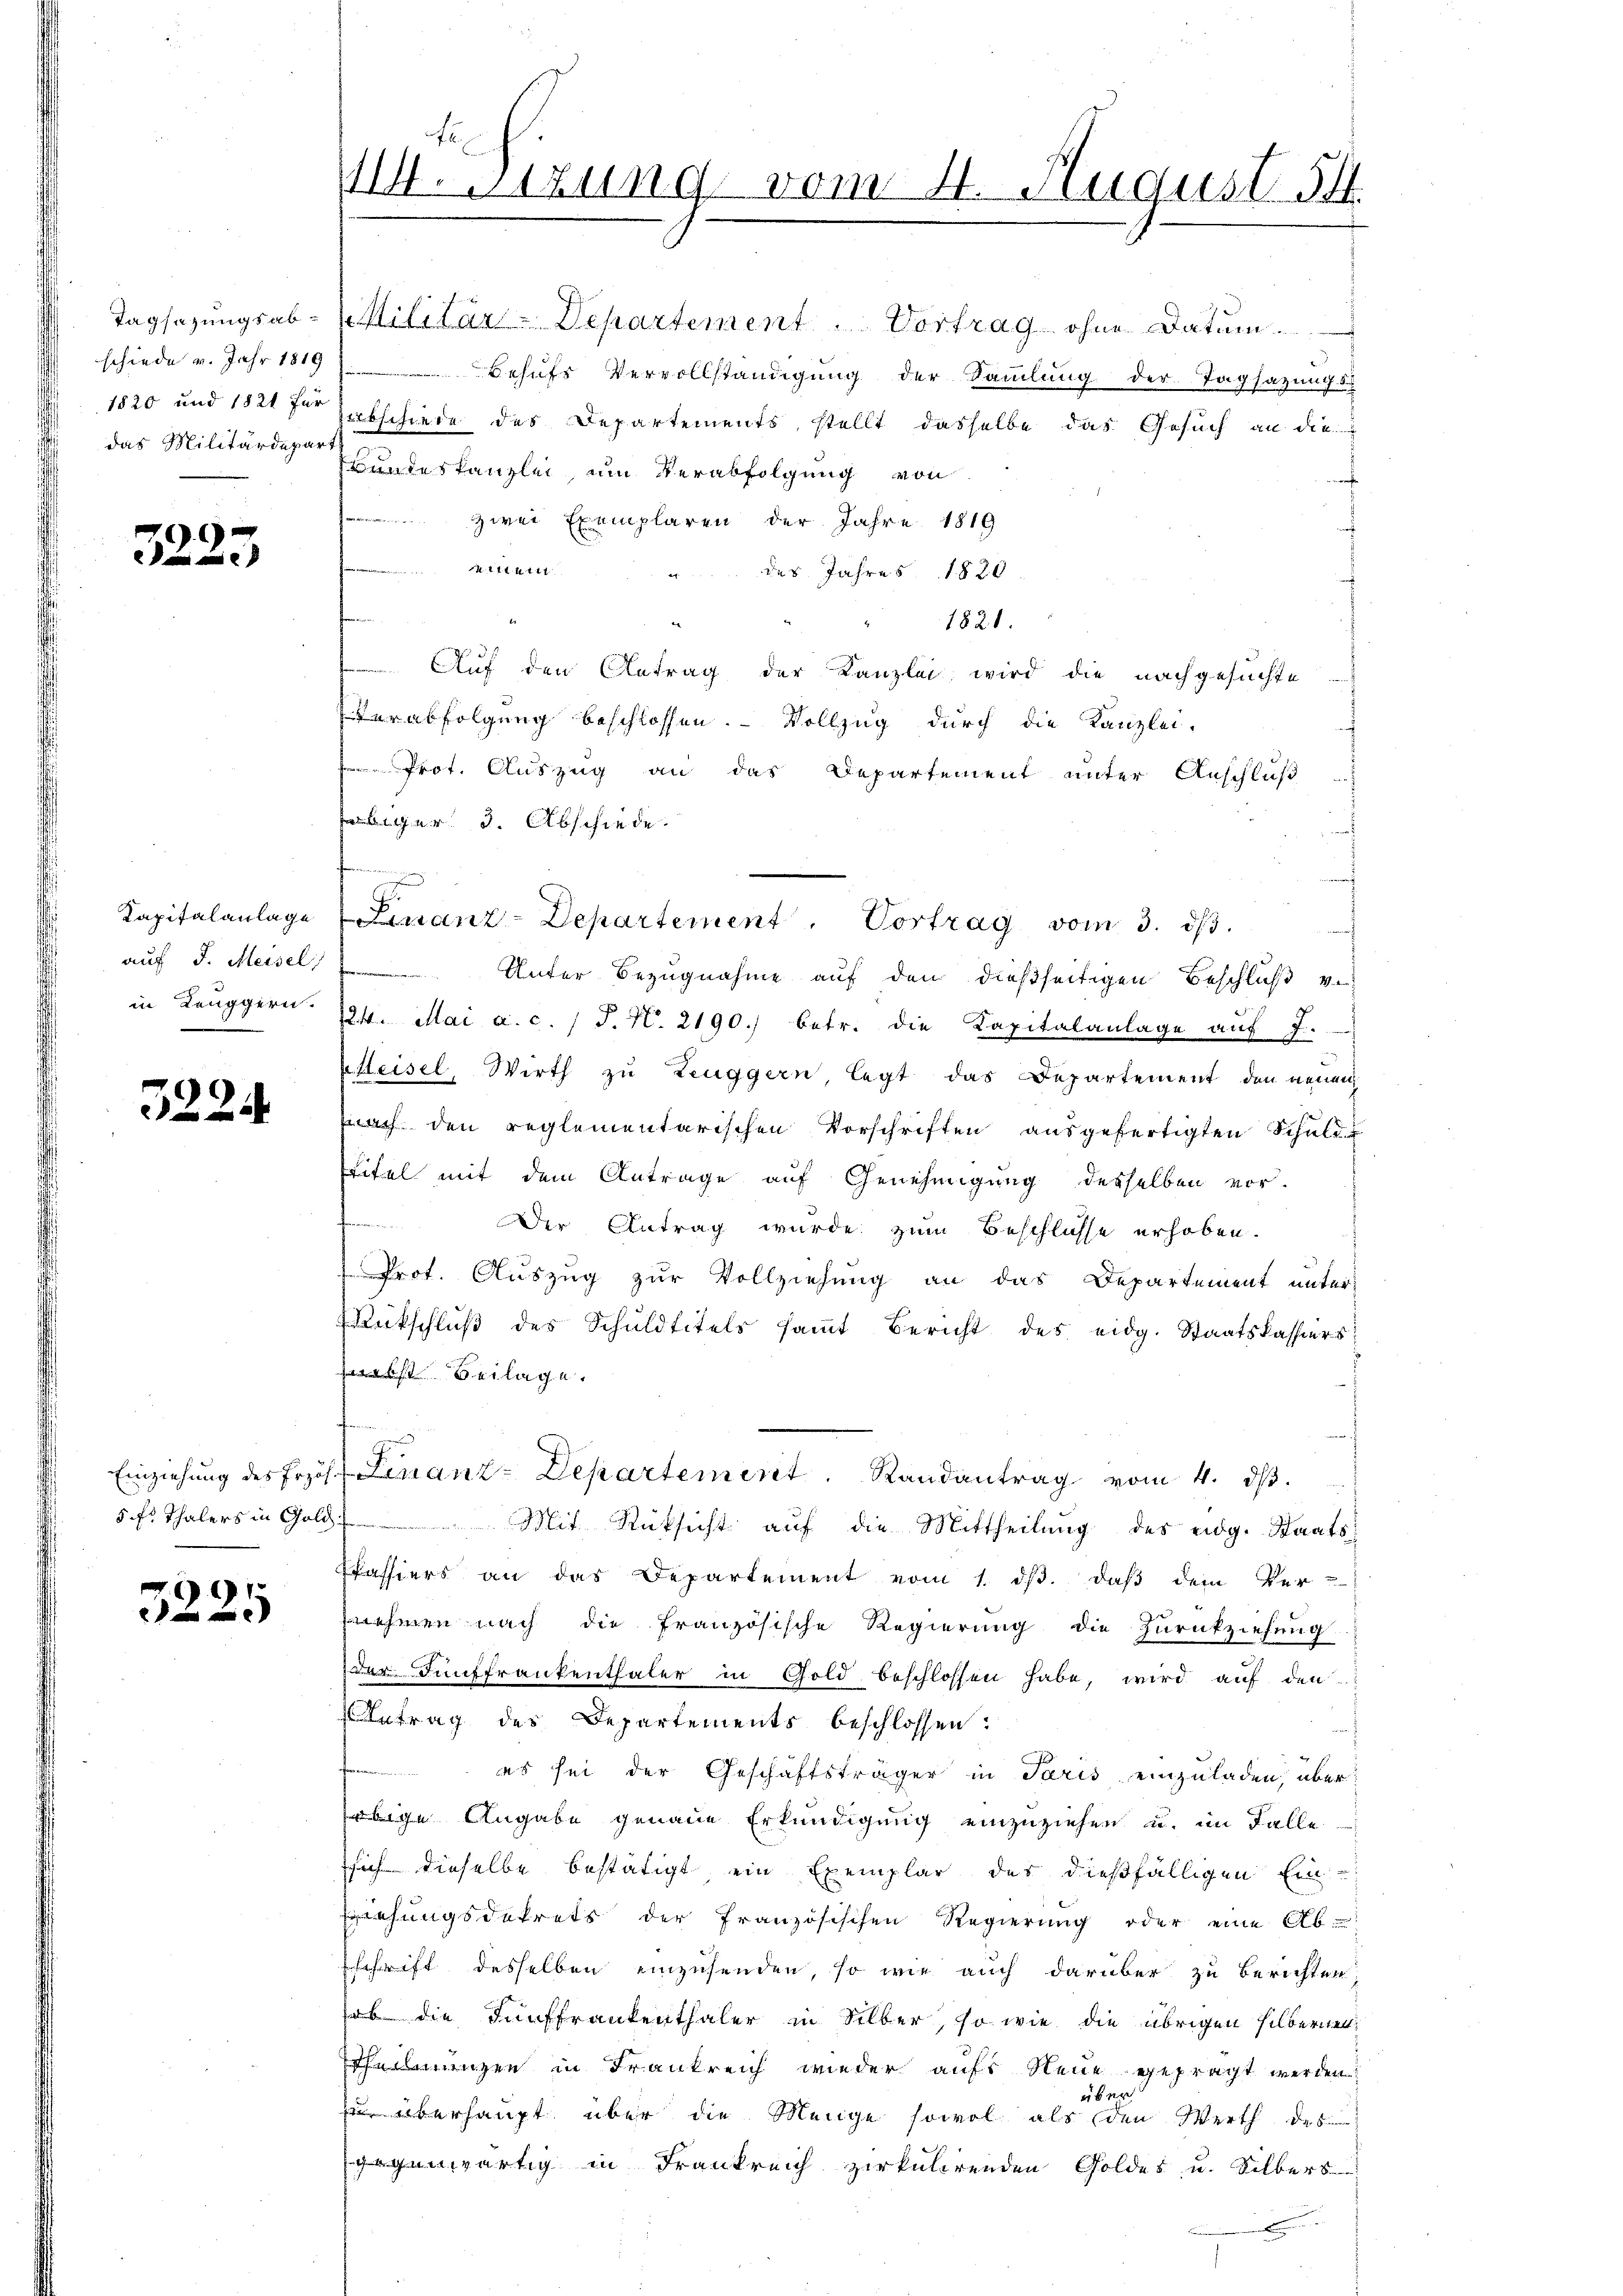
schiede v. Jahr 1819
das Militärdepart

3223

3224

91

Tagsazungsab- & Militär-Departement. Vortrag ohne Datum.
Behufs Vervollständigung der Sammlung der Tagsazungs
1820 und 1821 der Erbschiede des Departements, stellt dasselbe das Gesuch an die
Bundeskanzlei um Verabfolgung von
a
zwei Exemplaren der Jahre 1819
Mitten
" des Jahres 1820
1821.
Auf den Antrag der Kanzlei wird die nachgesuchte
Verabfolgung beschlossen. - Vollzug durch die Kanzlei-
Prot. Auszug an das Departement unter Anschluß
biger 3. Abschiede
aarenden
Kapitalanlage Finanz-Departement. Vortrag vom 3.
auf J. Meisel Unter Bezugnahme auf den dießseitigen Beschluß verin Keuggern. 124. Mai a. c. 1 P. N. 2190.) betr. die Kapitalanlage auf J.
Msleisel, Wirth zu Zeuggern, legt das Departement den neuen
nach den reglementarischen Vorschriften aŭsgefertigten Schŭle-
titel mit dem Antrage auf Genehmigung desselben vor-
n
Der Antrag wurde zum Beschlüsse erhoben.
Prof. Auszug zur Vollziehung an das Departement unter
Rückschluß des Schuldtitels samt Bericht des eidg. Staatskassiers
webst Beilage.
Einziehung des Prof. Linanz-Departement. Randantrag vom 4. dβ.
5 f. Thalers in Gold Mit Rücksicht aŭf die Mittheilŭng des eidg. Staats¬
Passiers an das Departement vom 1. dβ. daß dem Ver-
nehmen nach die französische Regierung die Zurückziehung.
der Fünffrankenthaler in Gold beschlossen habe, wird auf den
Antrag des Departements beschlossen:
f
es sei der Geschäftsträger in Paris einzuladen, über
bige Angabe genaue Erkundigung einzuziehen u. im Falle
ssich dieselbe bestätigt, ein Exemplar des dießfälligen Ein-
ehungsdekrets der französischen Regierung oder eine Ab-
schrift desselben einzusenden, so wie auch darüber zu berichten,
ab die Fünffrankenthaler in Silber, so wie die übrigen silbernen
heinanzen in Frankreich wieder aufs Neue gefragt werden.
ebe
zu überhaupt über die Menge sowol als den Werth des
gegenwärtig in Frankreich zirkulirenden Goldes u. Silbers

II. Sizung vom 4. August. 54.